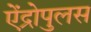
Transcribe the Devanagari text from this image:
ऐंद्रोपुलस